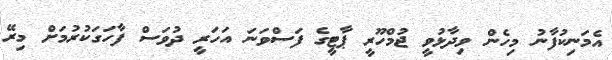
އެމަނިކުފާނު މިހެން ވިދާޅުވީ ޖުމްހޫރީ ޕާޓީގެ ފަސްވަނަ އަހަރީ ދުވަސް ފާހަގަކުރުމަށް މިރޭ